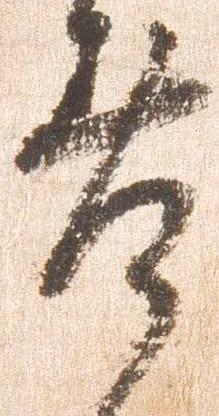
差